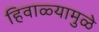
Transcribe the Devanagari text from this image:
हिवाळ्यामुळे